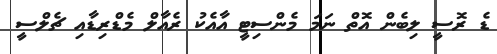
ޑެ ރޮސީ ލިބެން އޮތް ނަމަ މެންސިޓީ އާއެކު ރެއާލް މެޑްރިޑާއި ޗެލްސީ